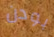
بودن